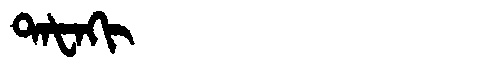
Manchu: ᡨᠠᡶᠠᡴᡳ
Romanization: TAFAKI